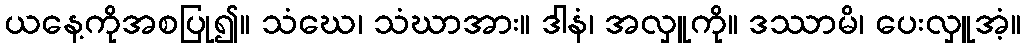
ယနေ့ကိုအစပြု၍။ သံဃေ၊ သံဃာအား။ ဒါနံ၊ အလှူကို။ ဒဿာမိ၊ ပေးလှူအံ့။